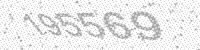
Solution: 195569